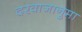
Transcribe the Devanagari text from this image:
दरवाजानुमा